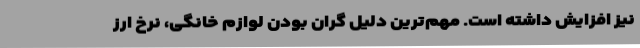
نیز افزایش داشته است. مهم‌ترین دلیل گران بودن لوازم خانگی، نرخ ارز